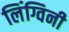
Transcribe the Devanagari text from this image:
लिंग्विनी